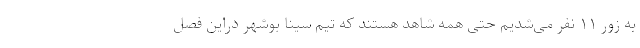
به زور ۱۱ نفر می‌شدیم حتی همه شاهد هستند که تیم سینا بوشهر دراین فصل